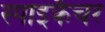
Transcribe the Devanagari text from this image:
स्पाइकैचर